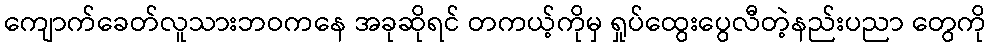
ကျောက်ခေတ်လူသားဘဝကနေ အခုဆိုရင် တကယ့်ကိုမှ ရှုပ်ထွေးပွေလီတဲ့နည်းပညာ တွေကို